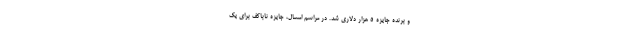
و برنده جایزه ۵ هزار دلاری شد. در مراسم امسال، جایزه ناباکف برای یک